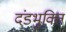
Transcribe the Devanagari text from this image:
दंडभुक्ति